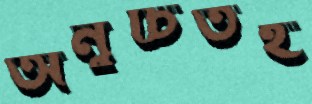
অনুচিতই